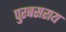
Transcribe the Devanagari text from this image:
पुरबसराय